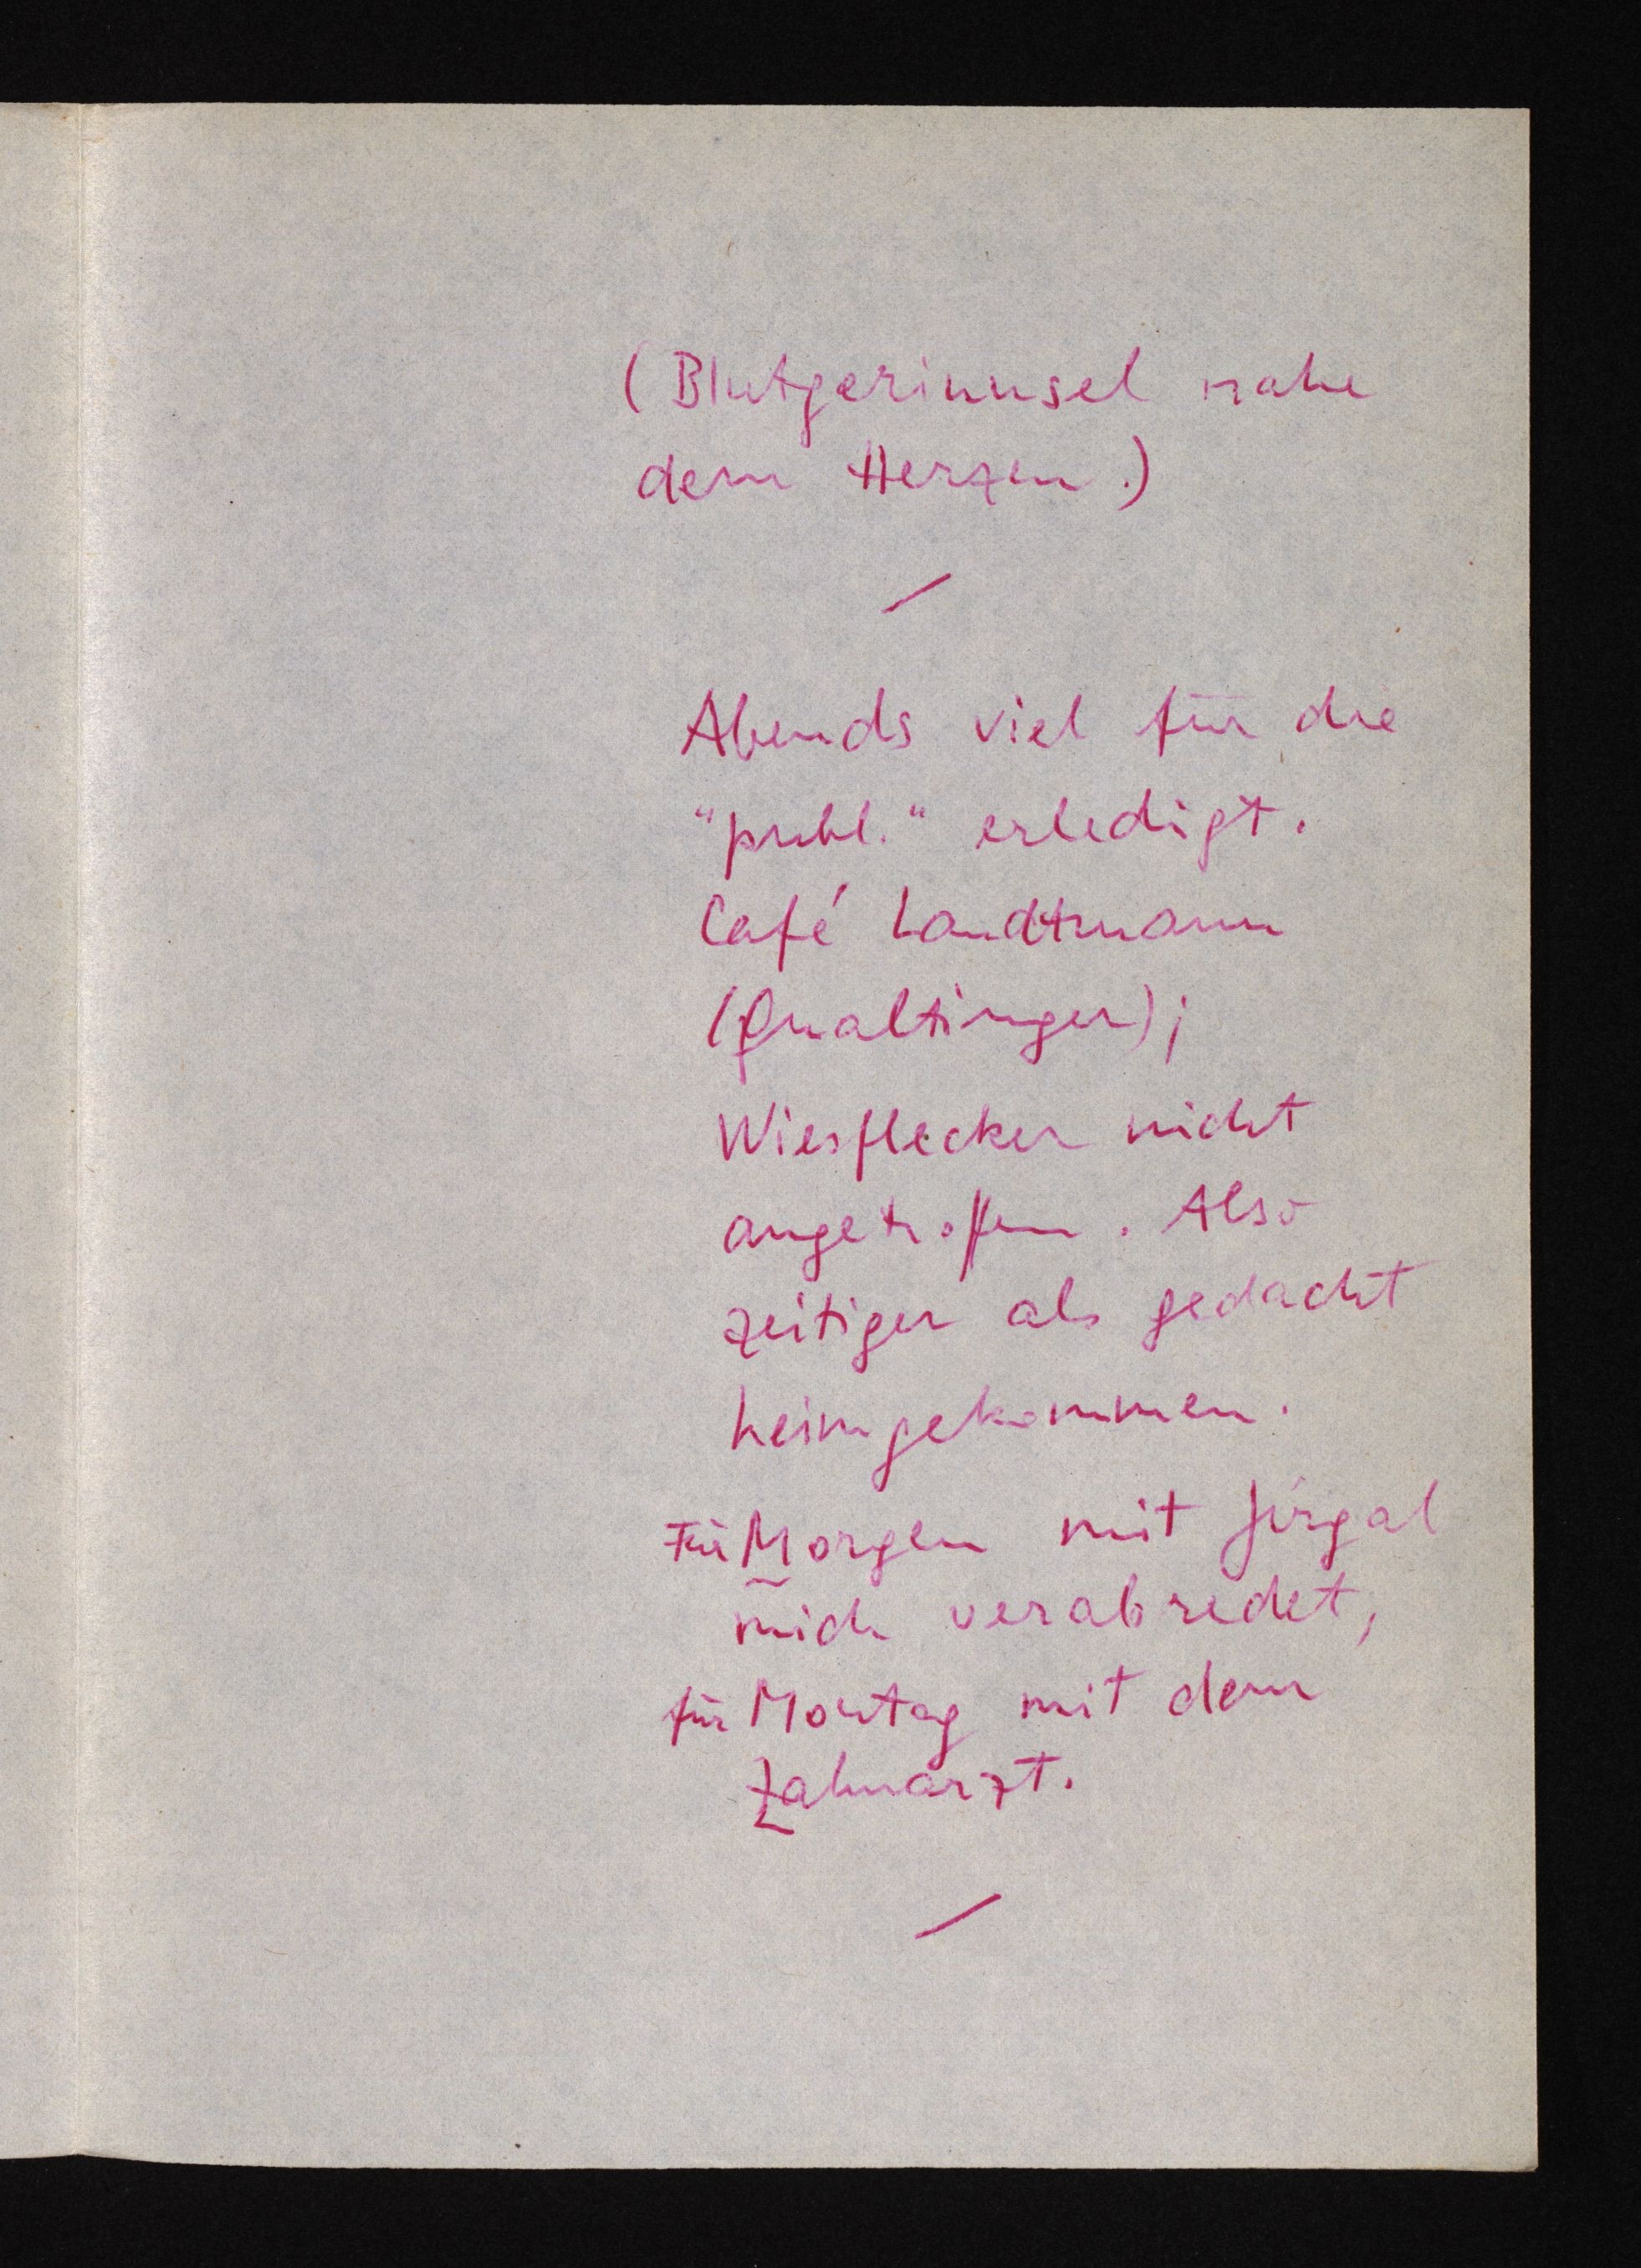
(Blutgerinnsel nahe
dem Herzen.)
Abends viel für die
"publ." erledigt.
Café Landtmann
(Qualtinger);
Wiesflecker nicht
angetroffen. Also
zeitiger als gedacht
heimgekommen.
Für Morgen mit Jirgal
mich verabredet,
für Montag mit dem
Zahnarzt.